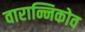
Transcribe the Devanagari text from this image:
वारान्निकोव